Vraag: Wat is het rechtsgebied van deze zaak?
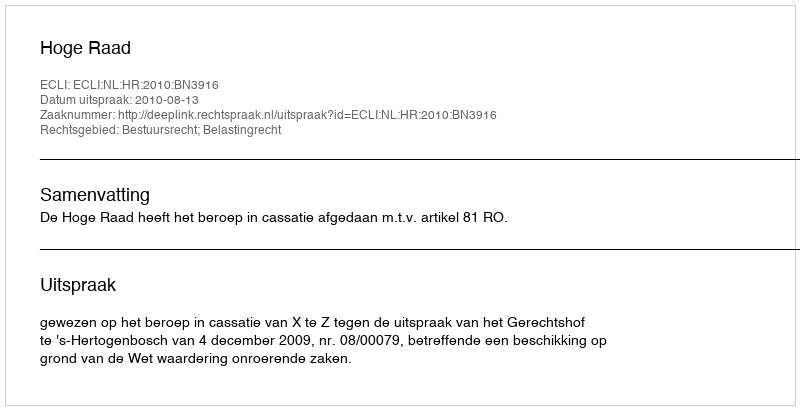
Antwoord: Bestuursrecht; Belastingrecht